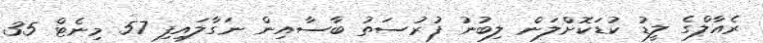
ރެއާލްގެ ލީޑު ކުޑަކޮށްލަން ލިބުނު ފުރުސަތު ބާސާއިން ނަގާލައިފި 57 މިނެޓް 35